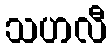
သဟလီ